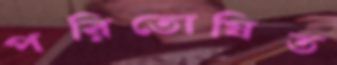
পরিতোষিত